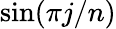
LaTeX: \sin(\pi j/n)